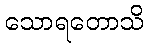
သောရတောသိ